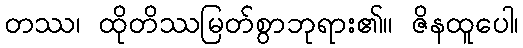
တဿ၊ ထိုတိဿမြတ်စွာဘုရား၏။ ဇိနထူပေါ၊